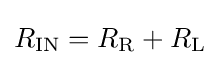
R_{\text{IN}}=R_{\text{R}}+R_{\text{L}}